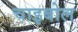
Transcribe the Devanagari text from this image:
चाइबोल